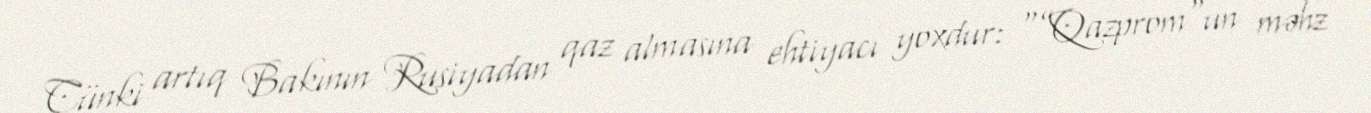
Çünki artıq Bakının Rusiyadan qaz almasına ehtiyacı yoxdur: “”Qazprom"un məhz